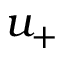
u _ { + }